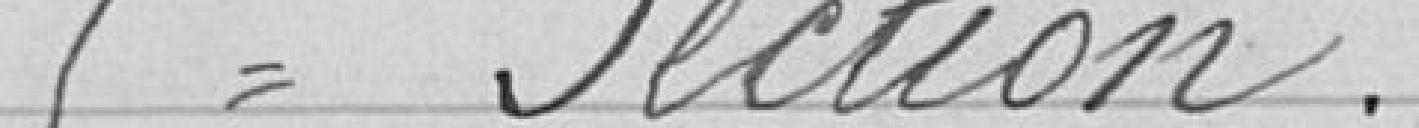
Cinquième Section